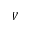
V